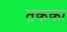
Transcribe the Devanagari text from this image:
तकका